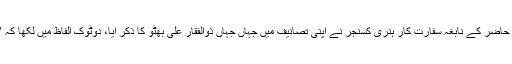
اسے تاریخ کی ستم ظریفی کہنا چاہیے کہ عصر حاضر کے نابغہ سفارت کار ہنری کسنجر نے اپنی تصانیف میں جہاں جہاں ذوالفقار علی بھٹو کا ذکر آیا، دوٹوک الفاظ میں لکھا کہ ’بھٹو صاحب کو تاریخ کی حرکیات پر عبور تھا۔